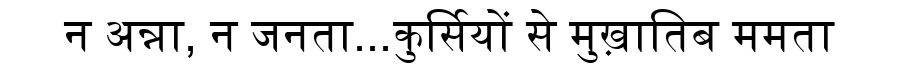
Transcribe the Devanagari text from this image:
न अन्ना, न जनता...कुर्सियों से मुख़ातिब ममता